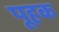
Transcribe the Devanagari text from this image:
पूहक